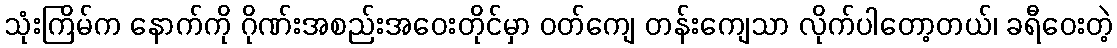
သုံးကြိမ်က နောက်ကို ဂိုဏ်းအစည်းအဝေးတိုင်မှာ ဝတ်ကျေ တန်းကျေသာ လိုက်ပါတော့တယ်၊ ခရီဝေးတဲ့